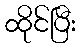
ထိုင်ပြီး